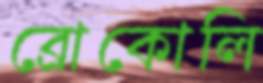
ব্রোকোলি